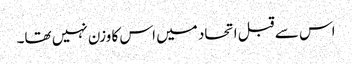
اس سے قبل اتحاد میں اس کا وزن نہیں تھا۔